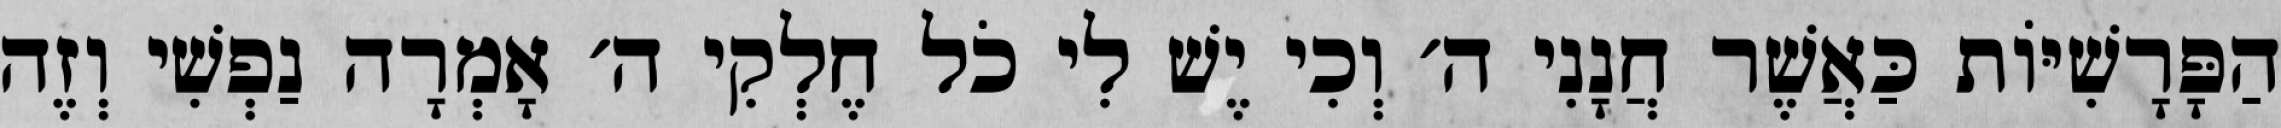
הַפָּרָשִׁיּוֹת כַּאֲשֶׁר חֲנָנִי ה׳ וְכִי יֶשׁ לִי כֹל חֶלְקִי ה׳ אָמְרָה נַפְשִׁי וְזֶה